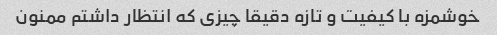
خوشمزه با کیفیت و تازه دقیقا چیزی که انتظار داشتم ممنون